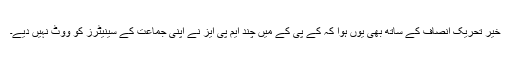
خیر تحریک انصاف کے ساتھ بھی یوں ہوا کہ کے پی کے میں چند ایم پی ایز نے اپنی جماعت کے سینیٹرز کو ووٹ نہیں دیے۔